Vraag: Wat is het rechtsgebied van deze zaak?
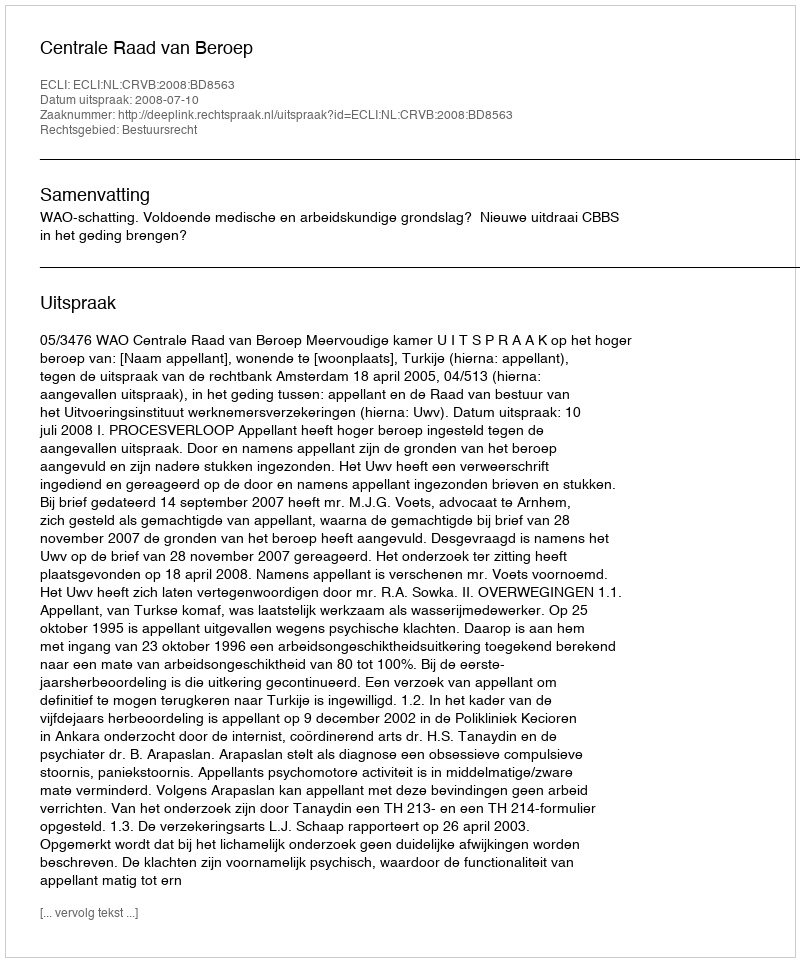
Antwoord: Bestuursrecht